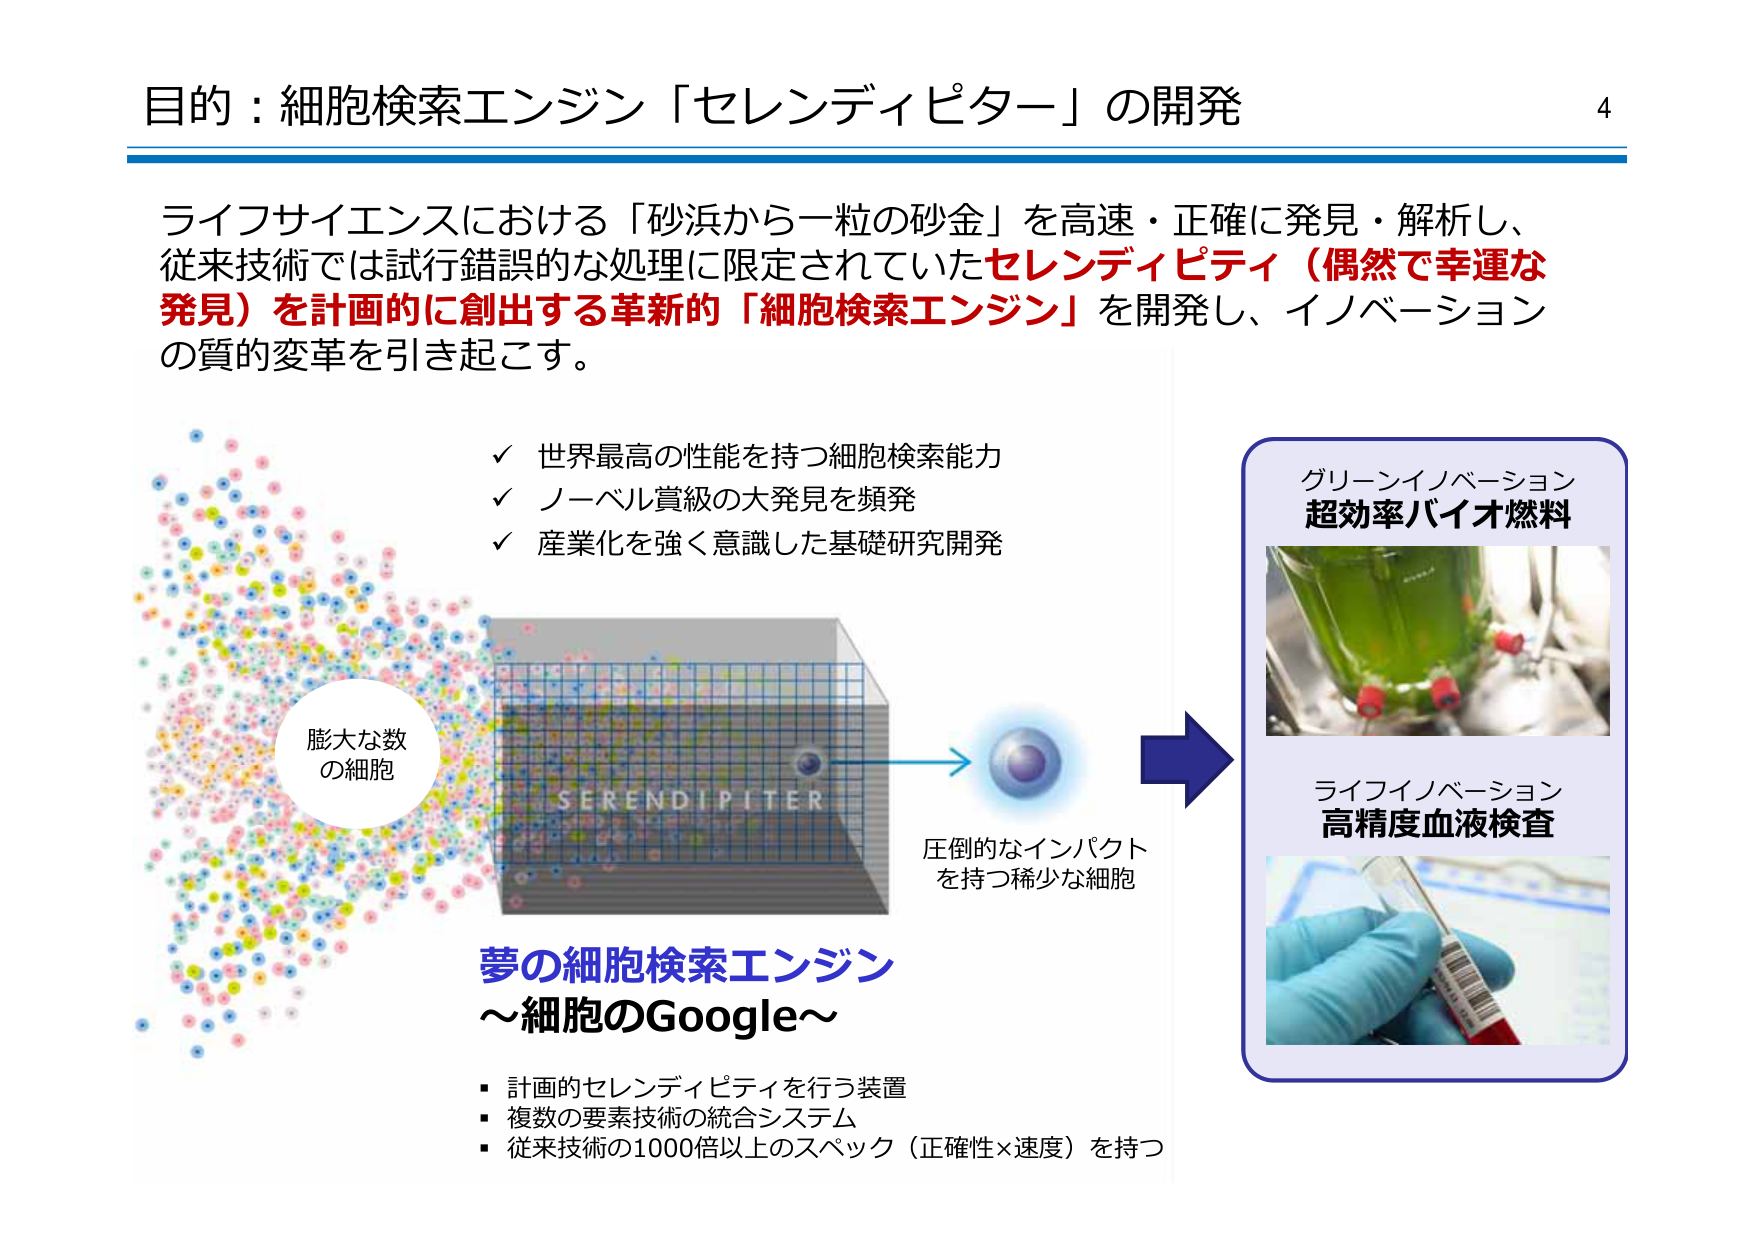
目的：細胞検索エンジン「セレンディピター」の開発

ライフサイエンスにおける「砂浜から一粒の砂金」を高速・正確に発見・解析し、
従来技術では試行錯誤的な処理に限定されていたセレンディピティ（偶然で幸運な
発見）を計画的に創出する革新的「細胞検索エンジン」を開発し、イノベーション
の質的変革を引き起こす。

✓ 世界最高の性能を持つ細胞検索能力
✓ ノーベル賞級の大発見を頻発
✓ 産業化を強く意識した基礎研究開発

膨大な数
の細胞

SERENDIPITER

圧倒的なインパクト
を持つ稀少な細胞

夢の細胞検索エンジン
～細胞のGoogle～

・計画的セレンディピティを行う装置
・複数の要素技術の統合システム
・従来技術の1000倍以上のスペック（正確性×速度）を持つ

グリーンイノベーション
超効率バイオ燃料

ライフイノベーション
高精度血液検査

4